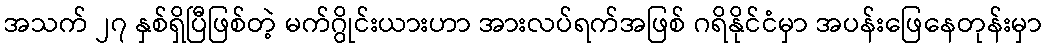
အသက် ၂၇ နှစ်ရှိပြီဖြစ်တဲ့ မက်ဂွိုင်းယားဟာ အားလပ်ရက်အဖြစ် ဂရိနိုင်ငံမှာ အပန်းဖြေနေတုန်းမှာ